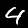
Label: 4